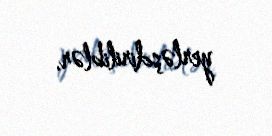
yerləşdiriliblər.